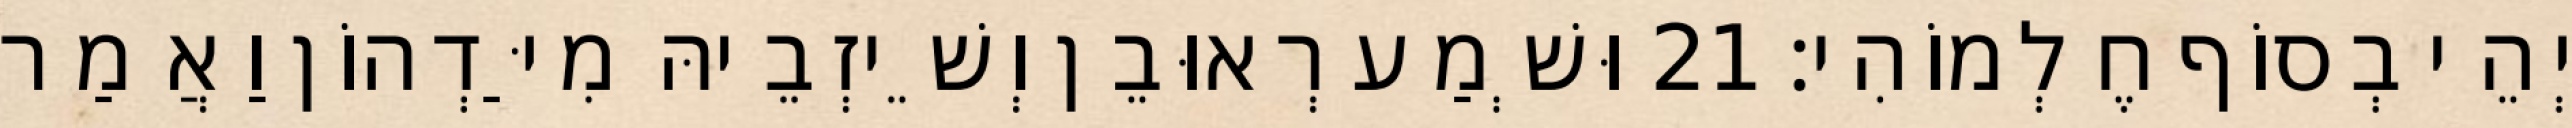
יְהֵי בְסוֹף חֶלְמוֹהִי׃ 21 וּשְׁמַע רְאוּבֵן וְשֵׁיזְבֵיהּ מִיַּדְהוֹן וַאֲמַר